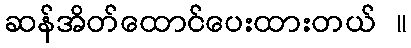
ဆန်အိတ်ထောင်ပေးထားတယ် ။